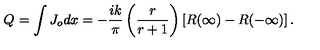
Q _ { } = \int J _ { o } d x = - \frac { i k } { \pi } \left( \frac { r } { r + 1 } \right) \left[ R ( \infty ) - R ( - \infty ) \right] .